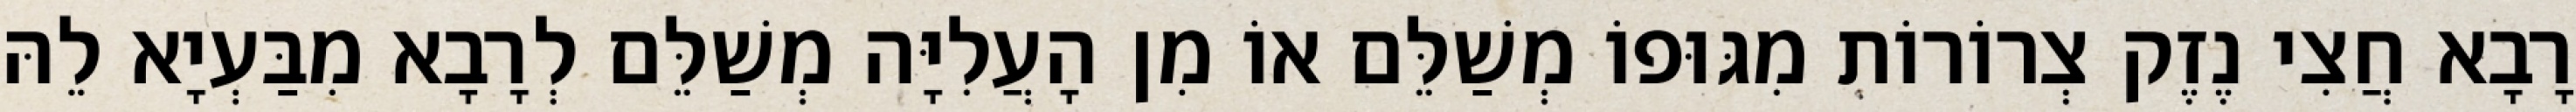
רָבָא חֲצִי נֶזֶק צְרוֹרוֹת מִגּוּפוֹ מְשַׁלֵּם אוֹ מִן הָעֲלִיָּה מְשַׁלֵּם לְרָבָא מִבַּעְיָא לֵהּ